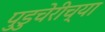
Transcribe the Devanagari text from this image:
पुडुचेरीच्या